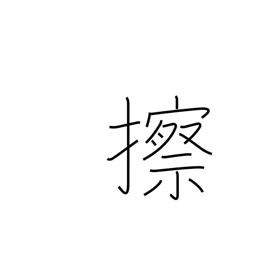
Meaning: grate